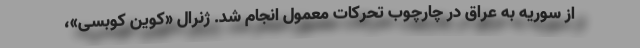
از سوریه به عراق در چارچوب تحرکات معمول انجام شد. ژنرال «کوین کوبسی»،